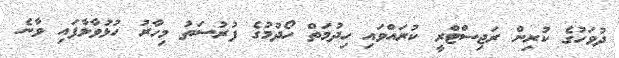
ދުވަހުގެ ކުރިން ރަޖިސްޓްރީ ކުރައްވައި ހިދުމަތް ހޯދުމުގެ ފުރުސަތު މިހާރު ހުޅުވާލާފައި ވާނެ